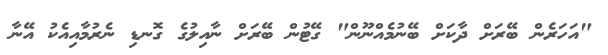
"އަހަރެން ބޭރަށް ދާކަށް ބޭނުމެއްނޫން" ގޭޓުން ބޭރަށް ނާއިލުގެ ގޮނޑި ނެރުމާއިއެކު އޭނާ